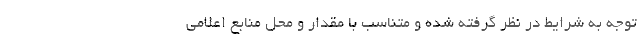
توجه به شرایط در نظر گرفته شده و متناسب با مقدار و محل منابع اعلامی